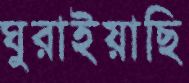
ঘুরাইয়াছি